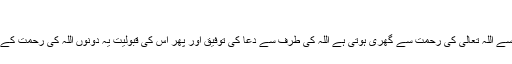
(۱۳)
دعا دو طر ح سے اللہ تعالیٰ کی رحمت سے گھری ہوتی ہے اللہ کی طرف سے دعا کی توفیق اور پھر اس کی قبولیت یہ دونوں اللہ کی رحمت کے دروازے ہیں ۔